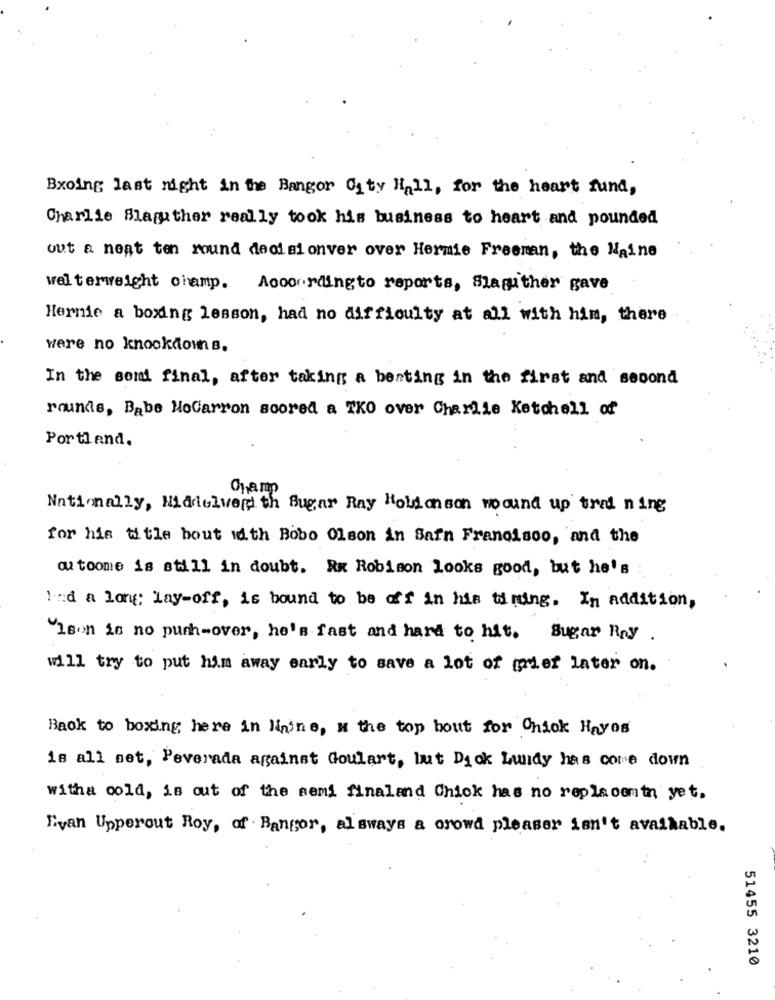
Bxoing last night in the Bangor City Hall, for the heart fund,
Charlie Blaguther really took his business to heart and pounded
out a neat ten round decisionver over Hermie Freeman, the Maine
welterweight champ.
Accordingto reports, Slagither gave
Hernie a boxing lesson, had no difficulty at all with him, there
were no knockdown s.
In the som final, after taking a beating in the first and second
rounds, Babe MoCarron scored a TKO over Charlie Ketohell of
Portland.
Champ
Nationally, Midielver th Sugar Ray Holdonson wound up trad ning
for his title bout with Bobo Olson in Sain Francisco, and the
ou toome is still in doubt. RK Robison looks good, but he's
1 .: d a long; lay-off, is bound to be off in his ti ning. In addition,
VIson is no push-over, he's fast and hard to hit. Sugar Ray.
will try to put him away early to save a lot of mer later on.
Back to boxing here in Haine, w the top bout for Chick Hayos
is all set, Peverada against Goulart, but Dyok Lundy has come down
witha cold, is out of the semi finaland Chick has no replacemtn yet.
Evan Upperout Roy, of Bangor, alsways a crowd pleaser isn't available.
51455 3210